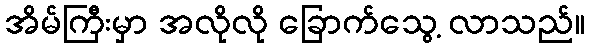
အိမ်ကြီးမှာ အလိုလို ခြောက်သွေ့ လာသည်။